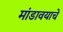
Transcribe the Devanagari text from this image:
मांडावयाचे